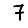
Digit: 7